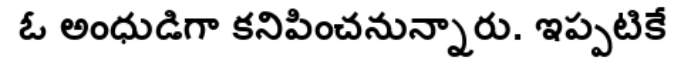
ఓ అంధుడిగా కనిపించనున్నారు. ఇప్పటికే